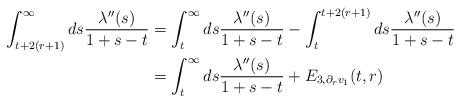
LaTeX: \begin{align*} \int_{t+2(r+1)}^{\infty} ds \frac{\lambda''(s)}{1+s-t} &= \int_{t}^{\infty} ds \frac{\lambda''(s)}{1+s-t} - \int_{t}^{t+2(r+1)} ds \frac{\lambda''(s)}{1+s-t}\\&=\int_{t}^{\infty} ds \frac{\lambda''(s)}{1+s-t} +E_{3,\partial_{r}v_{1}}(t,r)\end{align*}